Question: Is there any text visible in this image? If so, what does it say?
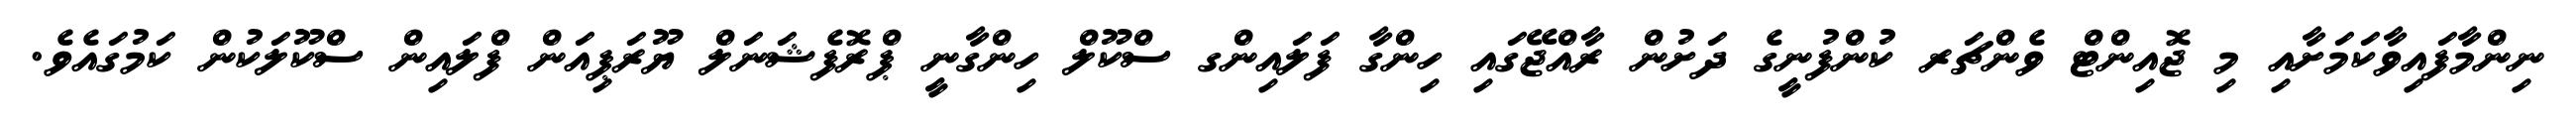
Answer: ނިންމާފައިވާކަމަށާއި މި ޖޮއިންޓް ވެންޗަރ ކުންފުނީގެ ދަށުން ރާއްޖޭގައި ހިންގާ ފަލައިންގ ސްކޫލް ހިންގާނީ ޕްރޮފެޝަނަލް ޔޫރަޕިއަން ފްލައިން ސްކޫލަކުން ކަމުގައެވެ.